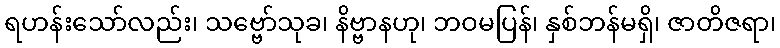
ရဟန်းသော်လည်း၊ သဗ္ဗော်သုခ၊ နိဗ္ဗာနဟု၊ ဘဝမပြန်၊ နှစ်ဘန်မရှိ၊ ဇာတိဇရာ၊